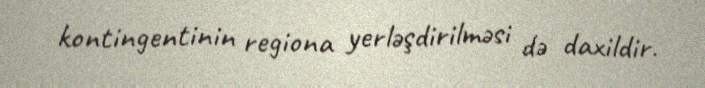
kontingentinin regiona yerləşdirilməsi də daxildir.